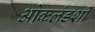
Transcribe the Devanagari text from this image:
ओकलंडशी